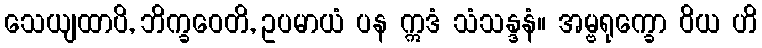
သေယျထာပိ, ဘိက္ခဝေတိ, ဥပမာယံ ပန ဣဒံ သံသန္ဒနံ။ အမ္ဗရုက္ခော ဝိယ ဟိ